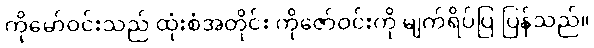
ကိုမော်ဝင်းသည် ထုံးစံအတိုင်း ကိုဇော်ဝင်းကို မျက်ရိပ်ပြ ပြန်သည်။